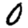
Digit: 0